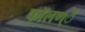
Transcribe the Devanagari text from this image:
फाॅलण्ै